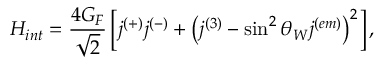
{ \cal H } _ { i n t } = \frac { 4 G _ { F } } { \sqrt 2 } \left[ j ^ { ( + ) } j ^ { ( - ) } + \left( j ^ { ( 3 ) } - \sin ^ { 2 } \theta _ { W } j ^ { ( e m ) } \right) ^ { 2 } \right] ,